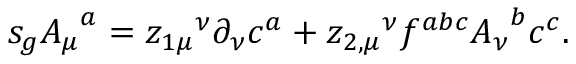
s _ { g } { A _ { \mu } } ^ { a } = { z _ { 1 \mu } } ^ { \nu } \partial _ { \nu } c ^ { a } + { z _ { 2 , \mu } } ^ { \nu } f ^ { a b c } { A _ { \nu } } ^ { b } c ^ { c } .